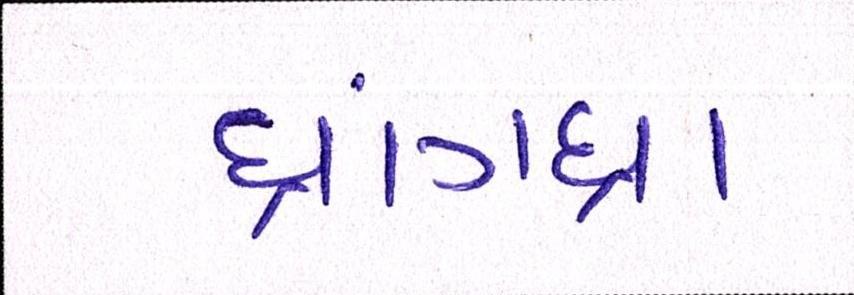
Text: ધ્રાંગધ્રા